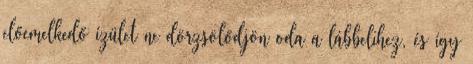
előemelkedő ízület ne dörzsölődjön oda a lábbelihez, és így